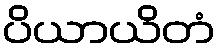
ပိယာယိတံ